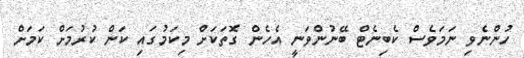
ހުންނެވި ނަމަވެސް ކެބިނެޓް ބޭނުންވަނީ އެހެން ގޮތަކަށް މިކަމުގައި ކަން ކުރުމަށް ކަމަށް